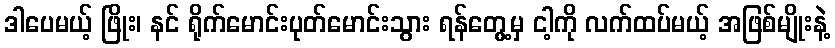
ဒါပေမယ့် ဖြိုး၊ နင် ရိုက်မောင်းပုတ်မောင်းသွား ရန်တွေ့မှ ငါ့ကို လက်ထပ်မယ့် အဖြစ်မျိုးနဲ့